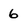
Character: 6